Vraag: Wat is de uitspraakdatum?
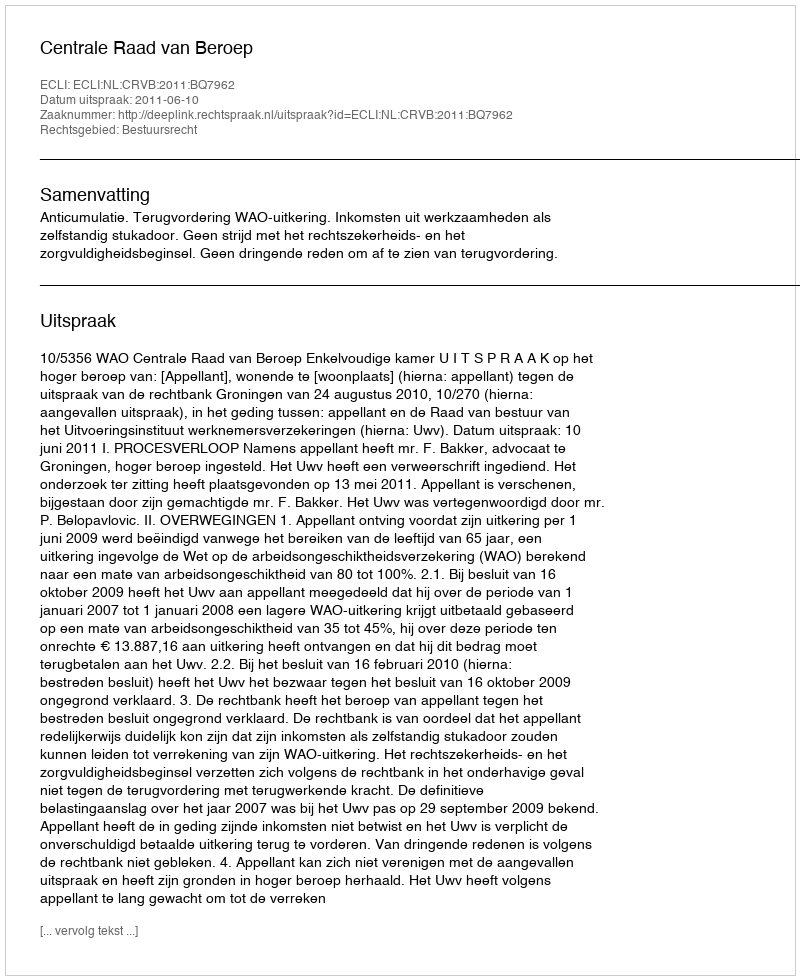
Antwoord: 2011-06-10